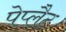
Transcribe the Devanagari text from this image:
पेप्लैट